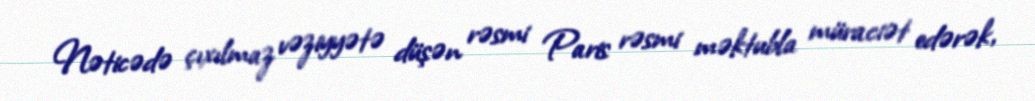
Nəticədə çıxılmaz vəziyyətə düşən rəsmi Paris rəsmi məktubla müraciət edərək,